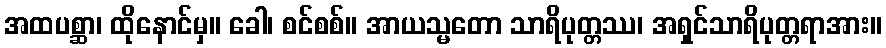
အထပစ္ဆာ၊ ထိုနောင်မှ။ ခေါ၊ စင်စစ်။ အာယသ္မတော သာရိပုတ္တဿ၊ အရှင်သာရိပုတ္တရာအား။